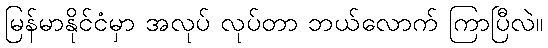
မြန်မာနိုင်ငံမှာ အလုပ် လုပ်တာ ဘယ်လောက် ကြာပြီလဲ။